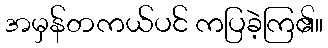
အမှန်တကယ်ပင် ကပြခဲ့ကြ၏။